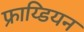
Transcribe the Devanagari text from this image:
फ्राय्डियन